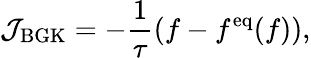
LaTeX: \mathcal{J}_{\mathrm{BGK}}=-\frac{1}{\tau}(f-f^{\mathrm{eq}}(f)),